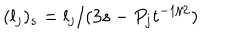
LaTeX: ( l _ { j } ) _ { s } = l _ { j } / ( 3 s - P _ { j } t ^ { - 1 / 2 } )